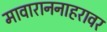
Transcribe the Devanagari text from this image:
मावाराननाहरावर